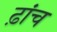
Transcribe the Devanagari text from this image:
ढ़ांच